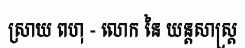
ស្រាយ ពហុ - លោក នៃ យន្តសាស្ត្រ